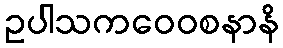
ဥပါသကဝေဝစနာနိ